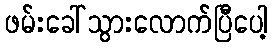
ဖမ်းခေါ်သွားလောက်ပြီပေါ့